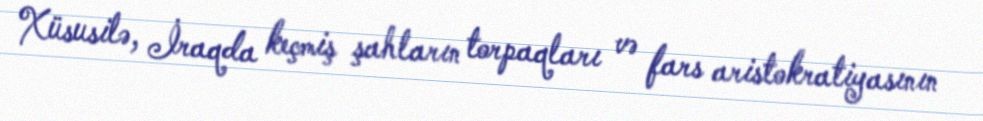
Xüsusilə, İraqda keçmiş şahların torpaqları və fars aristokratiyasının